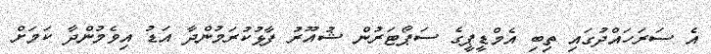
އެ ސަރަހައްދުގައި ތިބި އެމްޑީޕީގެ ސަޕޯޓަރުން ޝުއޫރު ފާޅުކުރަމުންދާ އަޑު އިވެމުންދާ ކަމަށް